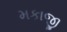
મકાજી